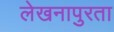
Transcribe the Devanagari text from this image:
लेखनापुरता